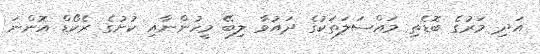
އަދި މަރުގެ ބޮޑެތި މައްސަލަތަކުގެ ދައުވާ ލިބޭ މީހުންނާއި ކުށުގެ ރެކޯޑް އޮންނަ